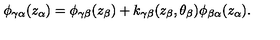
\phi _ { \gamma \alpha } ( z _ { \alpha } ) = \phi _ { \gamma \beta } ( z _ { \beta } ) + k _ { \gamma \beta } ( z _ { \beta } , \theta _ { \beta } ) \phi _ { \beta \alpha } ( z _ { \alpha } ) .